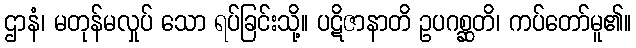
ဌာနံ၊ မတုန်မလှုပ် သော ရပ်ခြင်းသို့။ ပဋိဇာနာတိ ဥပဂစ္ဆတိ၊ ကပ်တော်မူ၏။